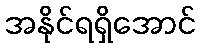
အနိုင်ရရှိအောင်